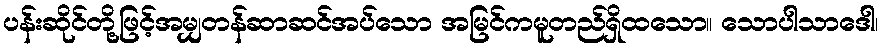
ပန်းဆိုင်တို့ဖြင့်အမျှတန်ဆာဆင်အပ်သော အမြင်ကမူတည်ရှိထသော။ သောပါသာဒေါ၊